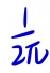
\frac{1}{2\pi}